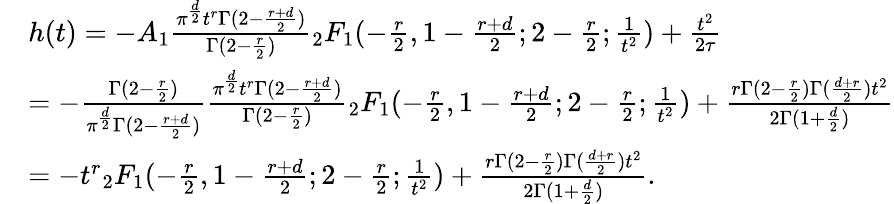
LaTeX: \begin{array}{rl}&{h(t)=-A_{1}\frac{\pi^{\frac{d}{2}}t^{r}\Gamma(2-\frac{r+d}{2})}{\Gamma(2-\frac{r}{2})}{_2F_{1}}(-\frac{r}{2},1-\frac{r+d}{2};2-\frac{r}{2};\frac{1}{t^{2}})+\frac{t^{2}}{2\tau}}\\ &{=-\frac{\Gamma(2-\frac{r}{2})}{\pi^{\frac{d}{2}}\Gamma(2-\frac{r+d}{2})}\frac{\pi^{\frac{d}{2}}t^{r}\Gamma(2-\frac{r+d}{2})}{\Gamma(2-\frac{r}{2})}{_2F_{1}}(-\frac{r}{2},1-\frac{r+d}{2};2-\frac{r}{2};\frac{1}{t^{2}})+\frac{r\Gamma(2-\frac{r}2)\Gamma(\frac{d+r}{2})t^{2}}{2\Gamma(1+\frac{d}{2})}}\\ &{=-t^{r}{_2F_{1}}(-\frac{r}{2},1-\frac{r+d}{2};2-\frac{r}{2};\frac{1}{t^{2}})+\frac{r\Gamma(2-\frac{r}2)\Gamma(\frac{d+r}{2})t^{2}}{2\Gamma(1+\frac{d}{2})}.}\end{array}